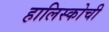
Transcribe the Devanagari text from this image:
हालिस्कोची